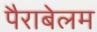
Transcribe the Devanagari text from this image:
पैराबेलम